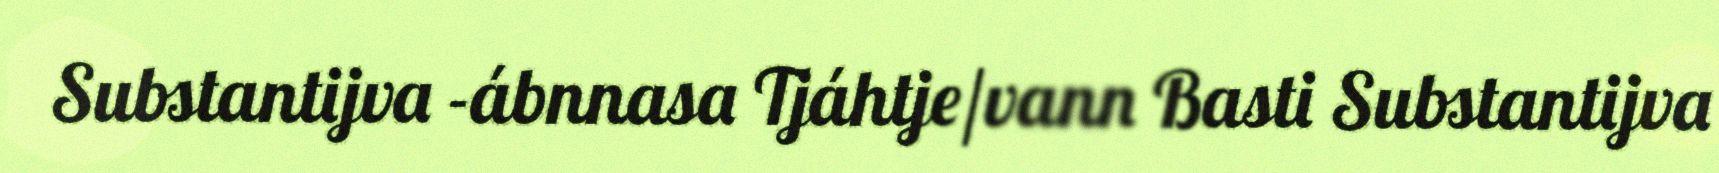
Substantijva -ábnnasa Tjáhtje/vann Basti Substantijva